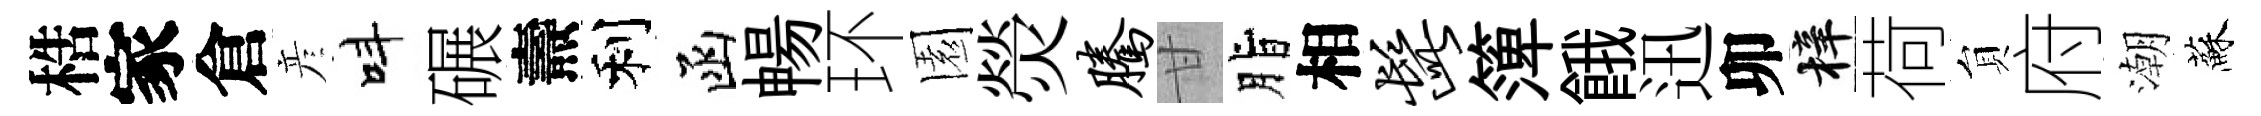
梏家倉彦呌碾燾利函暢环園熒腾甘脂相髭𥱼餓迅卯梓荷貟府潮蘇